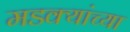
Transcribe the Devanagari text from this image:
मडक्यांच्या